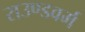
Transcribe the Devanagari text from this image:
राउण्डवर्म